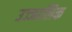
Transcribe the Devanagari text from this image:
उज्जालिक